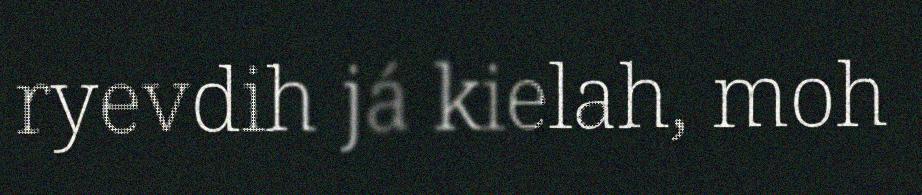
ryevdih já kielah, moh